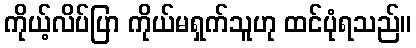
ကိုယ့်လိပ်ပြာ ကိုယ်မရှက်သူဟု ထင်ပုံရသည်။